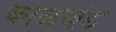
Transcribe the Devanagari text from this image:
काळखंड